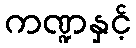
ကဏ္ဍနှင့်